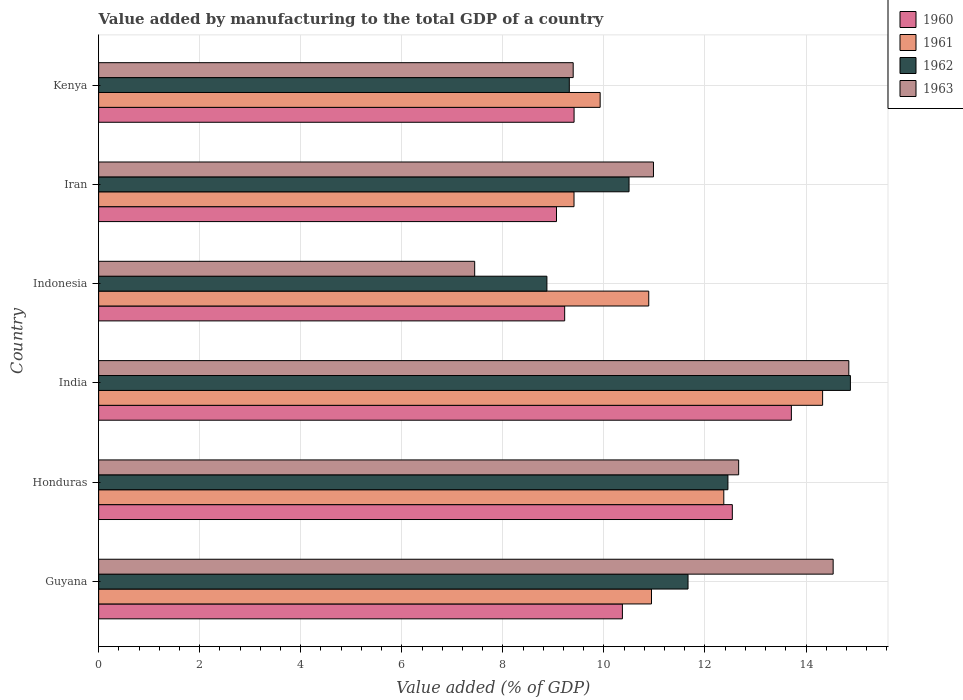
| Country | 1960 | 1961 | 1962 | 1963 |
 | --- | --- | --- | --- | --- |
 | Guyana | 10.4 | 10.9 | 11.7 | 14.5 |
 | Honduras | 12.5 | 12.4 | 12.5 | 12.7 |
 | India | 13.7 | 14.3 | 14.9 | 14.8 |
 | Indonesia | 9.22 | 10.9 | 8.87 | 7.44 |
 | Iran | 9.06 | 9.41 | 10.5 | 11 |
 | Kenya | 9.41 | 9.93 | 9.32 | 9.39 |